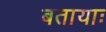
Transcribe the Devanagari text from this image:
बतायाः